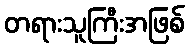
တရားသူကြီးအဖြစ်